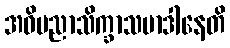
အဓိပညာသိက္ခာသမာဒါနေတိ